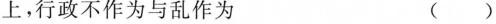
上。行政不作为与乱作为 ()